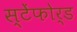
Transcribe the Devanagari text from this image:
स्टेंफोर्ड